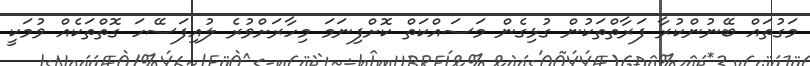
މަގުތައް ބޭނުންކުރާ ފަރާތްތަކުން ގުޅިގެން މަސައްކަތް ކޮށްފިނަމަ މިހާރަށްވުރެ ލުއިފަސޭހަ ގޮތްތަކެއް ވުމަކީ